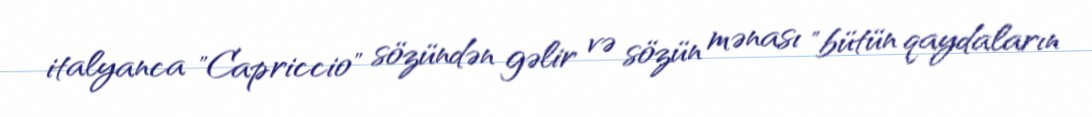
italyanca "Capriccio" sözündən gəlir və sözün mənası "bütün qaydaların